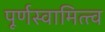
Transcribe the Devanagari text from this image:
पूर्णस्वामित्त्व